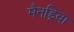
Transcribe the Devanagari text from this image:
मैनड्रिवा